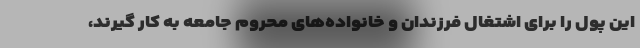
این پول را برای اشتغال فرزندان و خانواده‌های محروم جامعه به کار گیرند،